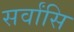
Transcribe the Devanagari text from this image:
सर्वांसि